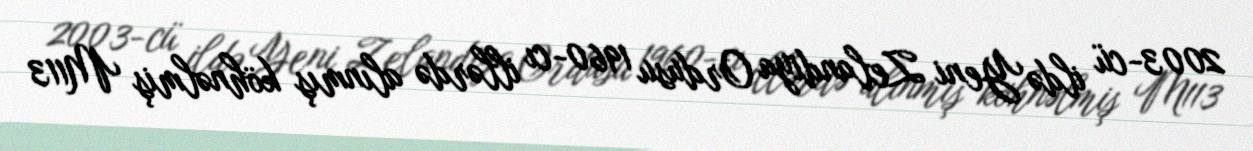
2003-cü ildə Yeni Zelandiya Ordusu 1960-cı illərdə alınmış köhnəlmiş M113